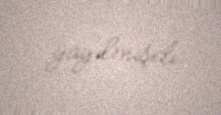
yayılmışdı.